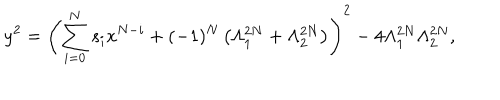
LaTeX: y ^ { 2 } = \left( \sum _ { i = 0 } ^ { N } s _ { i } x ^ { N - i } + ( - 1 ) ^ { N } \left( \Lambda _ { 1 } ^ { 2 N } + \Lambda _ { 2 } ^ { 2 N } \right) \right) ^ { 2 } - 4 \Lambda _ { 1 } ^ { 2 N } \Lambda _ { 2 } ^ { 2 N } ,